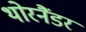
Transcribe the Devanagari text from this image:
थोरनैंडर